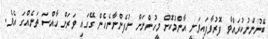
ބޭނުންނުކުރައްވާ ފޮރުވާފައިވަނީ އާންމުކޮށް މީހުންނަށް ނުފެންނާނެހެން ގޭގައި ވަރަށް ހާއްސަ ތަނެއްގަ އެވެ.